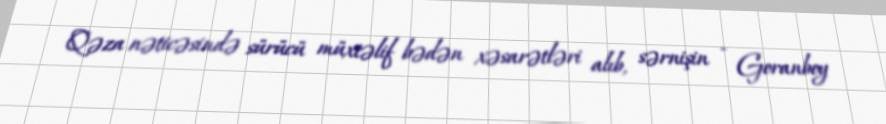
Qəza nəticəsində sürücü müxtəlif bədən xəsarətləri alıb, sərnişin - Goranboy